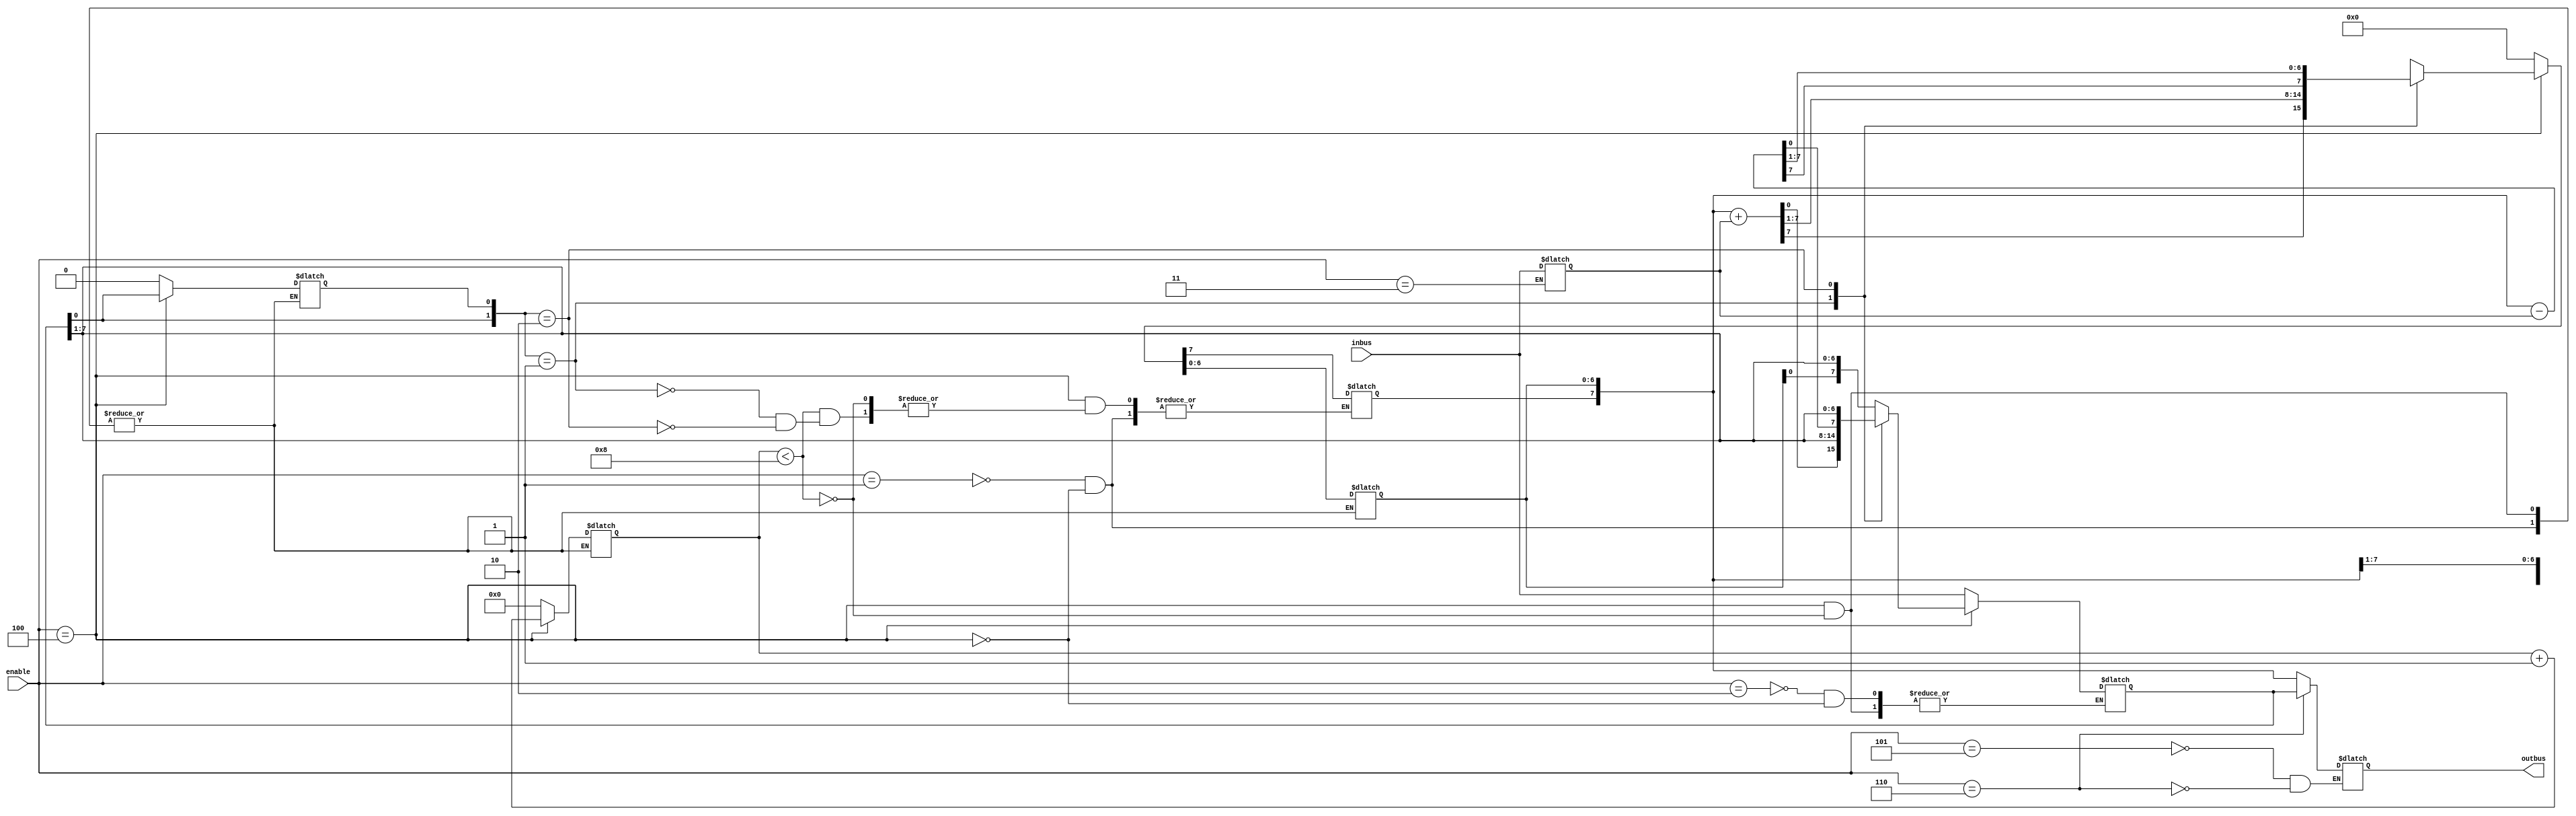
//Possible states for enable signal
`define INITIALIZE 3'b001//initialization-> set A=0x00,Q(-1)=0b0,count=0b0000;

`define LOAD_Q 3'b010//get Q from INBUS

`define LOAD_M 3'b011//get M from INBUS

`define RUN 3'b100//start running

`define STORE_A 3'b101//set A on OUTBUS

`define STORE_Q 3'b110//set Q on OUTBUS

module booth(
           inbus, //input bus
           outbus,//output bus
           enable//control
           );
   
   //-----Output Ports-----
   output reg [7:0] outbus;
   
   //-----Input Ports------
   input [7:0] 	    inbus;
   input [2:0] 	    enable;
   
   //-----Registers--------   
   reg [7:0] 	    A_reg;
   reg [7:0] 	    M_reg;
   reg [7:0] 	    Q_reg;
   reg 		    Q_1;
   reg [3:0] 	    count;
   
   //-----Wires------------   
   wire [7:0] 	    sum;
   wire [7:0] 	    difference;

   //sensitive to enable and count signals
   always @(enable,count) begin
      case(enable)//just a switch to change states
    `INITIALIZE:
      begin
         A_reg<=8'b0;//initialize A_Reg with 0
         Q_1<=1'b0;
         count<=4'b0;
      end
    `LOAD_Q:
      Q_reg<=inbus;//load Q from inbus
    `LOAD_M:
      M_reg<=inbus;//load M from inbus
    `RUN:
      if(count<8) 
        begin
           case ({Q_reg[0],Q_1})
	 2'b01:{A_reg,Q_reg,Q_1}<={sum[7],sum,Q_reg};
	 2'b10:{A_reg,Q_reg,Q_1}<={difference[7],difference,Q_reg};
	 default:{A_reg,Q_reg,Q_1}<={A_reg[7],A_reg,Q_reg};
           endcase // case ({Q_reg[0],Q_1}}...
           count<=count+1'b1;  
        end
    `STORE_A:
      outbus<=A_reg;
    `STORE_Q:
      outbus<=Q_reg;
      endcase // case (enable)
      
   end // always @ (enable)
   assign sum=A_reg+M_reg;
   assign difference=A_reg-M_reg;
endmodule // booth